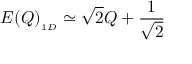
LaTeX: E ( Q ) _ { _ { 1 D } } \simeq \sqrt { 2 } Q + { \frac { 1 } { \sqrt { 2 } } }